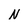
Character: N